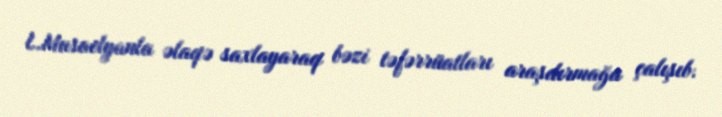
L.Musaelyanla əlaqə saxlayaraq bəzi təfərrüatları araşdırmağa çalışıb.